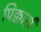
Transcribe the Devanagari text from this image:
पिक्कार्स